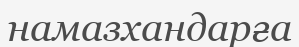
намазхандарға